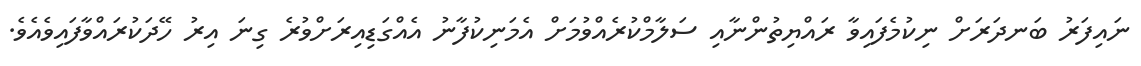
ނައިފަރު ބަނދަރަށް ނިކުމެފައިވާ ރައްޔިތުންނާއި ސަލާމްކުރެއްވުމަށް އެމަނިކުފާނު އެއްގަޑިއިރަށްވުރެ ގިނަ އިރު ހޭދަކުރައްވާފައިވެއެވެ.